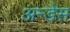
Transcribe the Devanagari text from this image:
अन्डेस